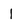
Character: 1